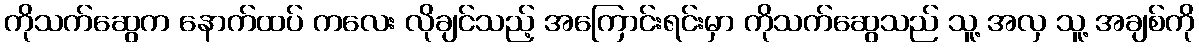
ကိုသက်ဆွေက နောက်ထပ် ကလေး လိုချင်သည့် အကြောင်းရင်းမှာ ကိုသက်ဆွေသည် သူ့ အလှ သူ့ အချစ်ကို